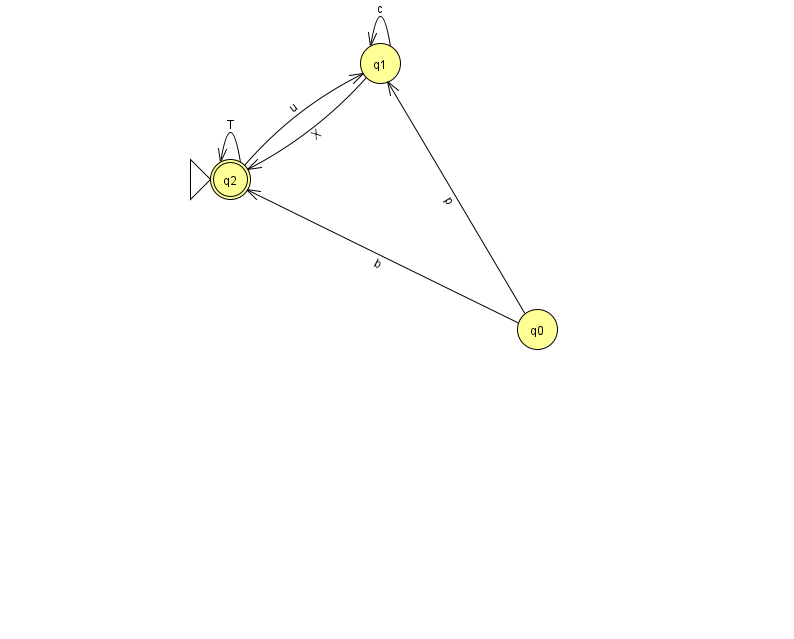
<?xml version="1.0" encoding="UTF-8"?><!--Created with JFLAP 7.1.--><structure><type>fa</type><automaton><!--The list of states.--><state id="0" name="q0"><x>537.0</x><y>316.0</y></state><state id="1" name="q1"><x>380.0</x><y>50.0</y></state><state id="2" name="q2"><x>230.0</x><y>166.0</y><initial/><final/></state><!--The list of transitions.--><transition><from>0</from><to>2</to><read>b</read></transition><transition><from>1</from><to>1</to><read>c</read></transition><transition><from>2</from><to>1</to><read>u</read></transition><transition><from>0</from><to>1</to><read>p</read></transition><transition><from>2</from><to>2</to><read>T</read></transition><transition><from>1</from><to>2</to><read>X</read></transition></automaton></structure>